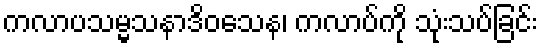
ကလာပသမ္မသနာဒိဝသေန၊ ကလာပ်ကို သုံးသပ်ခြင်း